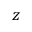
z